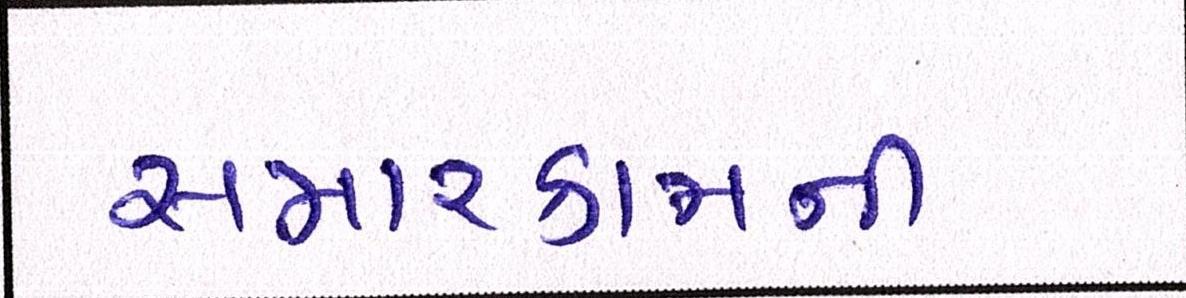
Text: સમારકામની